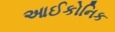
આઈકોનિક